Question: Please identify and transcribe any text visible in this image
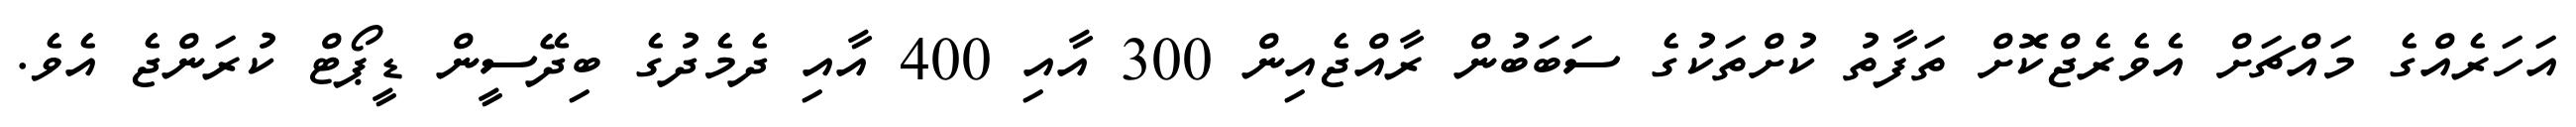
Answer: އަހަރެއްގެ މައްޗަށް އެވެރެޖްކޮށް ތަފާތު ކުށްތަކުގެ ސަބަބުން ރާއްޖެއިން 300 އާއި 400 އާއި ދެމެދުގެ ބިދޭސީން ޑީޕޯޓް ކުރަންޖެ އެވެ.